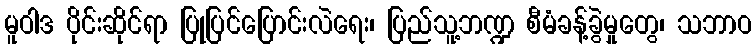
မူဝါဒ ပိုင်းဆိုင်ရာ ပြုပြင်ပြောင်းလဲရေး၊ ပြည်သူ့ဘဏ္ဍ စီမံခန့်ခွဲမှုတွေ၊ သဘာဝ